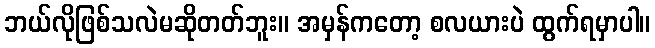
ဘယ်လိုဖြစ်သလဲမဆိုတတ်ဘူး။ အမှန်ကတော့ စလယားပဲ ထွက်ရမှာပါ။